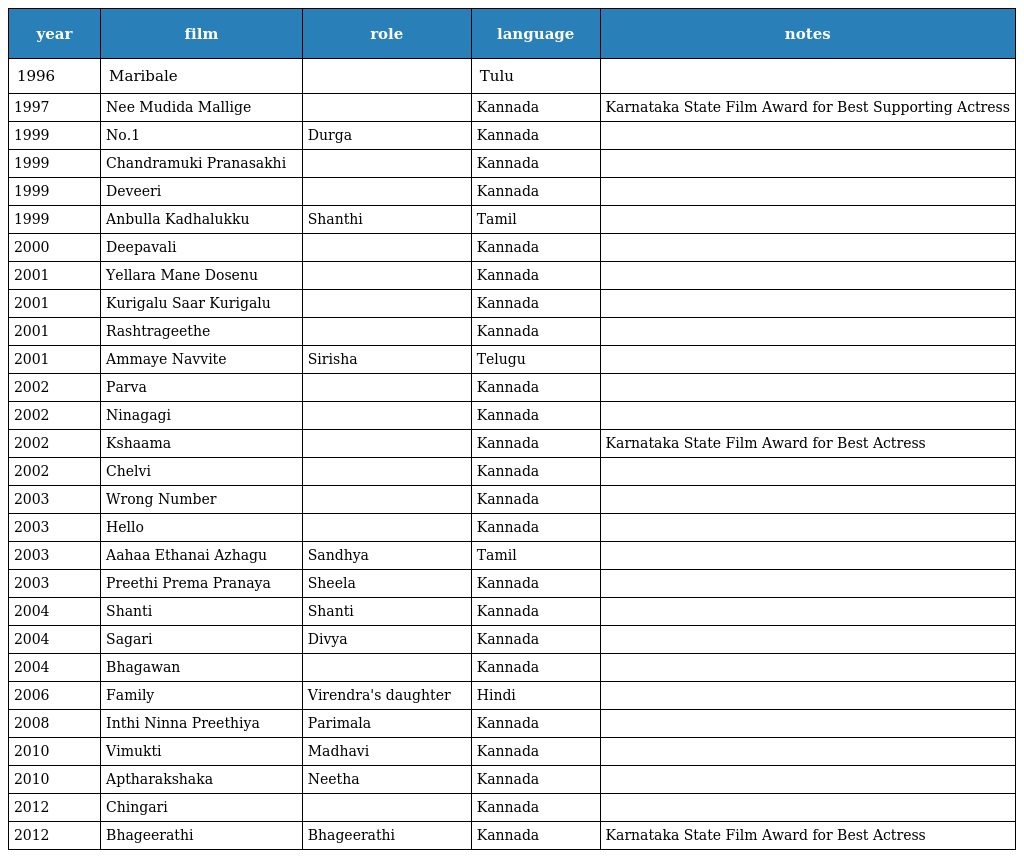
| year | film | role | language | notes |
 | --- | --- | --- | --- | --- |
 | 1996 | Maribale |  | Tulu |  |
 | 1997 | Nee Mudida Mallige |  | Kannada | Karnataka State Film Award for Best Supporting Actress |
 | 1999 | No.1 | Durga | Kannada |  |
 | 1999 | Chandramuki Pranasakhi |  | Kannada |  |
 | 1999 | Deveeri |  | Kannada |  |
 | 1999 | Anbulla Kadhalukku | Shanthi | Tamil |  |
 | 2000 | Deepavali |  | Kannada |  |
 | 2001 | Yellara Mane Dosenu |  | Kannada |  |
 | 2001 | Kurigalu Saar Kurigalu |  | Kannada |  |
 | 2001 | Rashtrageethe |  | Kannada |  |
 | 2001 | Ammaye Navvite | Sirisha | Telugu |  |
 | 2002 | Parva |  | Kannada |  |
 | 2002 | Ninagagi |  | Kannada |  |
 | 2002 | Kshaama |  | Kannada | Karnataka State Film Award for Best Actress |
 | 2002 | Chelvi |  | Kannada |  |
 | 2003 | Wrong Number |  | Kannada |  |
 | 2003 | Hello |  | Kannada |  |
 | 2003 | Aahaa Ethanai Azhagu | Sandhya | Tamil |  |
 | 2003 | Preethi Prema Pranaya | Sheela | Kannada |  |
 | 2004 | Shanti | Shanti | Kannada |  |
 | 2004 | Sagari | Divya | Kannada |  |
 | 2004 | Bhagawan |  | Kannada |  |
 | 2006 | Family | Virendra's daughter | Hindi |  |
 | 2008 | Inthi Ninna Preethiya | Parimala | Kannada |  |
 | 2010 | Vimukti | Madhavi | Kannada |  |
 | 2010 | Aptharakshaka | Neetha | Kannada |  |
 | 2012 | Chingari |  | Kannada |  |
 | 2012 | Bhageerathi | Bhageerathi | Kannada | Karnataka State Film Award for Best Actress |